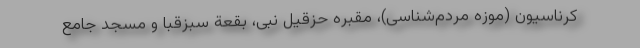
کرناسیون (موزه مردم‌شناسی)، مقبره حزقیل نبی، بقعة سبزقبا و مسجد جامع